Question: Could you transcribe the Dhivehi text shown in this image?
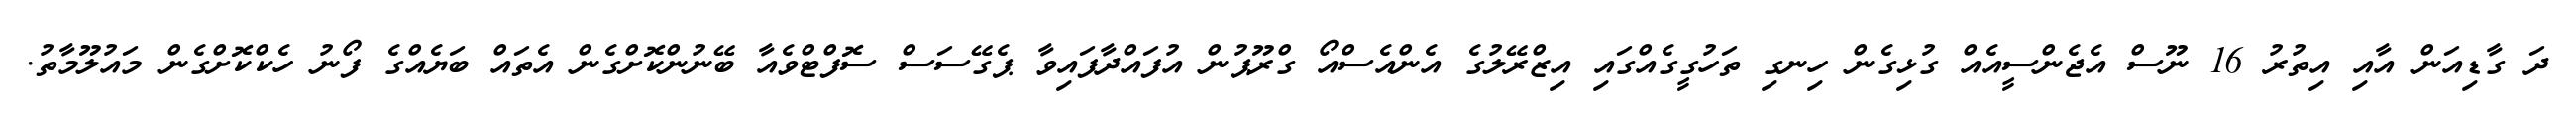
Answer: ދަ ގާޑިއަން އާއި އިތުރު 16 ނޫސް އެޖެންސީއެއް ގުޅިގެން ހިނގި ތަހުގީގެއްގައި އިޒްރޭލުގެ އެންއެސްއޯ ގްރޫޕުން އުފައްދާފައިވާ ޕެގޭސަސް ސޮފްޓްވެއާ ބޭނުންކޮށްގެން އެތައް ބަޔެއްގެ ފޯނު ހެކްކޮށްގެން މައުލޫމާތު.